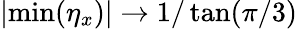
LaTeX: |\mathrm{min}(\eta_{x})|\rightarrow 1/\tan(\pi/3)